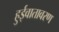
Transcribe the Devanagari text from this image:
हुईवातावरण